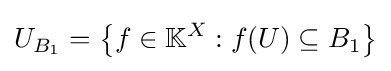
U_{B_{1}}=\left\{f\in \mathbb {K} ^{X}:f(U)\subseteq B_{1}\right\}